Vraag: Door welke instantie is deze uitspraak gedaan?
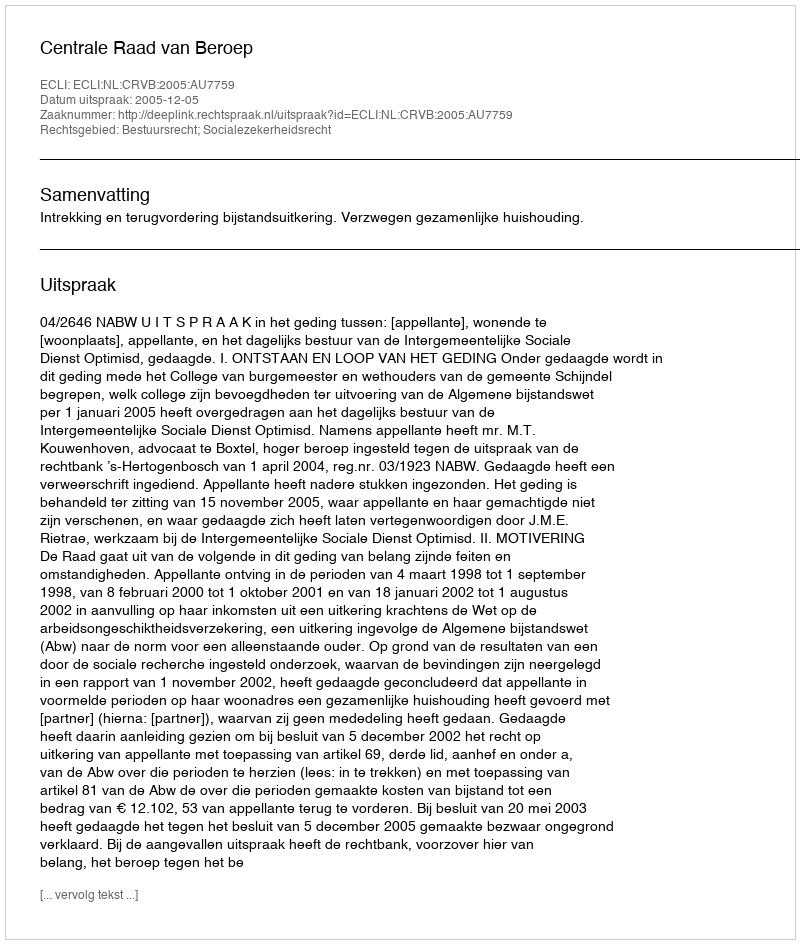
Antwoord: Centrale Raad van Beroep